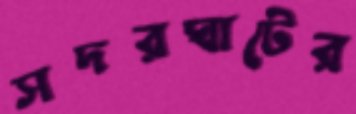
সদরঘাটের